Leaving Certificate Examination (including Day School Certificate (Higher) General paper), 1938
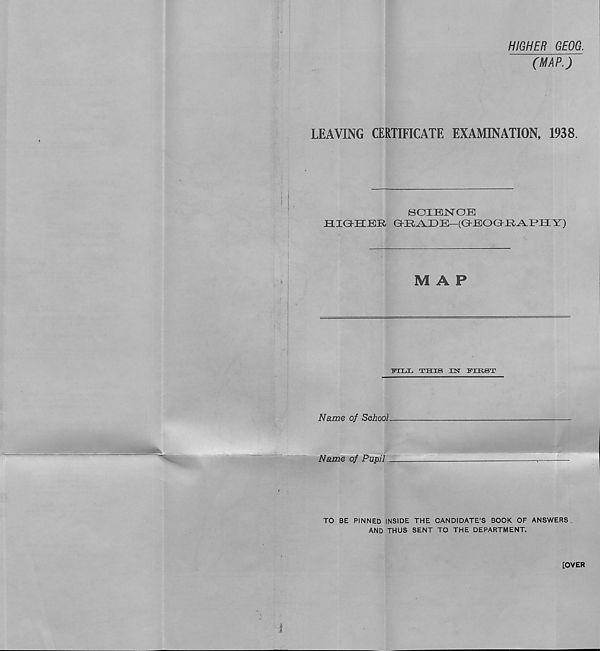
HIGHER GEOG.
(MAP.)
LEAVING CERTIFICATE EXAMINATION, 1938.
SOXBJNOB
jaiGKHER O-R^DB—(GBOO-Xl^PHY)
MAP
B’ixjIj this nsr fxk.st
Name of School
Name of Pupil
TO BE PINNED INSIDE THE CANDIDATE’S BOOK OF ANSWERS
AND THUS SENT TO THE DEPARTMENT.
[OVER